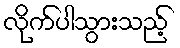
လိုက်ပါသွားသည့်